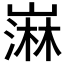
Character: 𫶒